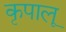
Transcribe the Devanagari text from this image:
कृपालू